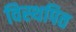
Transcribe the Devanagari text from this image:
विस्थपित